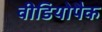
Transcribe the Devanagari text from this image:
वीडियोपैक